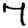
Digit: 7